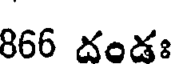
866 దండః